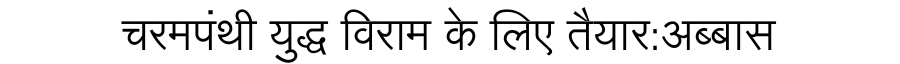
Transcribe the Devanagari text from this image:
चरमपंथी युद्ध विराम के लिए तैयार:अब्बास